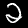
Label: 2